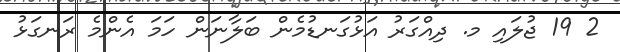
2 19 ޖުލައި މ. ދިއްގަރު އަޅުގަނޑުމެން ބަލާނަން ހަމަ އެންމެ ރަނގަޅު